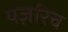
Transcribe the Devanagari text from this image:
यज़रिच